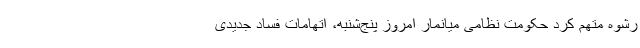
رشوه متهم کرد حکومت نظامی میانمار امروز پنج‌شنبه، اتهامات فساد جدیدی